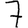
Digit: 7